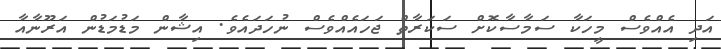
އަދި އެއްވެސް މީހަކާ ސަމާސާކޮށް ސަކަރާތް ޖަހައެއްވެސް ނުހަދައެވެ. އިޝާން މަޑުމަޑުން އަރޫނާއާ